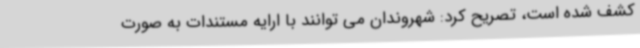
کشف شده است، تصریح کرد: شهروندان می توانند با ارایه مستندات به صورت